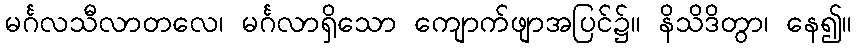
မင်္ဂလသီလာတလေ၊ မင်္ဂလာရှိသော ကျောက်ဖျာအပြင်၌။ နိသိဒိတွာ၊ နေ၍။